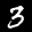
Label: 3